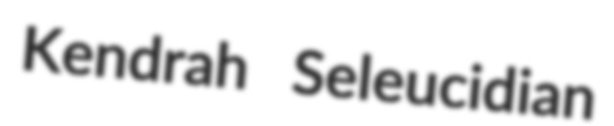
Kendrah Seleucidian